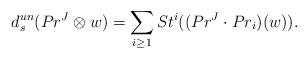
\begin{align*}d_s^{un}(Pr^{J}\otimes w) = \sum_{i\geq 1}St^{i}((Pr^J\cdot Pr_i)(w)).\end{align*}